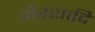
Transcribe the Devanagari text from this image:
नेरशादि